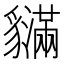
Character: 𧴝